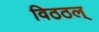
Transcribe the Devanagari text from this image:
विठठल्